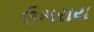
ઉભરાય